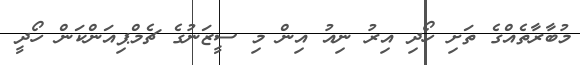
މުބާރާތެއްގެ ތަށި ހޯދި އިރު ނިއު އިން މި ސީޒަނުގެ ޗެމްޕިއަންކަން ހޯދީ